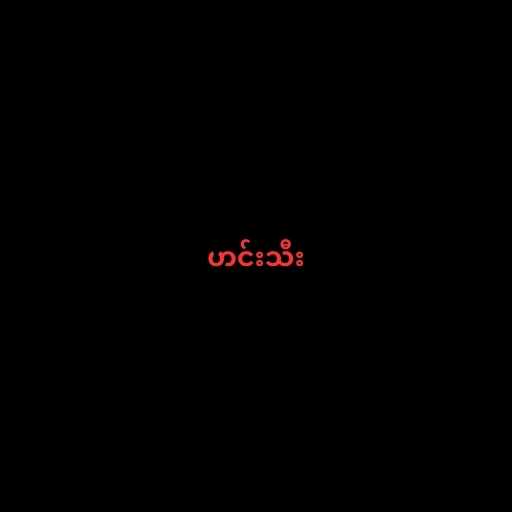
ဟင်းသီး